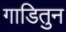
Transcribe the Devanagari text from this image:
गाडितुन